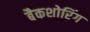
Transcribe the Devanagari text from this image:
बैकशोरिंग